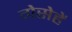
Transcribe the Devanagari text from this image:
गेसेहें